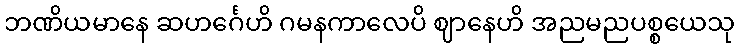
ဘဏိယမာနေ ဆဟင်္ဂေဟိ ဂမနကာလေပိ ဈာနေဟိ အညမညပစ္စယေသု